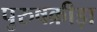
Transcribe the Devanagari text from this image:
पुरुषक्रीड़ा